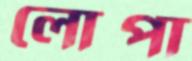
লোপা